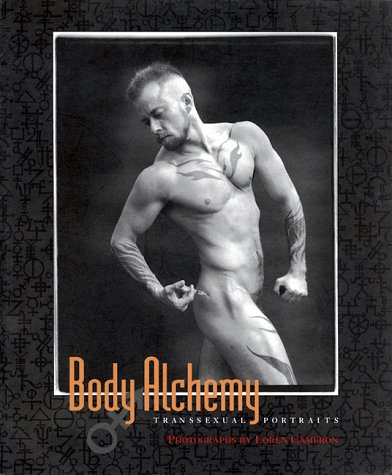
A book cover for Body Alchemy: Transsexual Portraits; Gay & Lesbian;